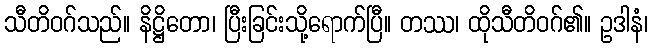
သီတိဝဂ်သည်။ နိဋ္ဌိတော၊ ပြီးခြင်းသို့ရောက်ပြီ။ တဿ၊ ထိုသီတိဝဂ်၏။ ဥဒါနံ၊